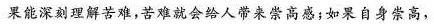
果能深刻理解苦难，苦难就会给人带来崇高感；如果自身崇高，